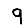
Digit: 9